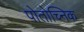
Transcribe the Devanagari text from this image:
पोतोच्निक